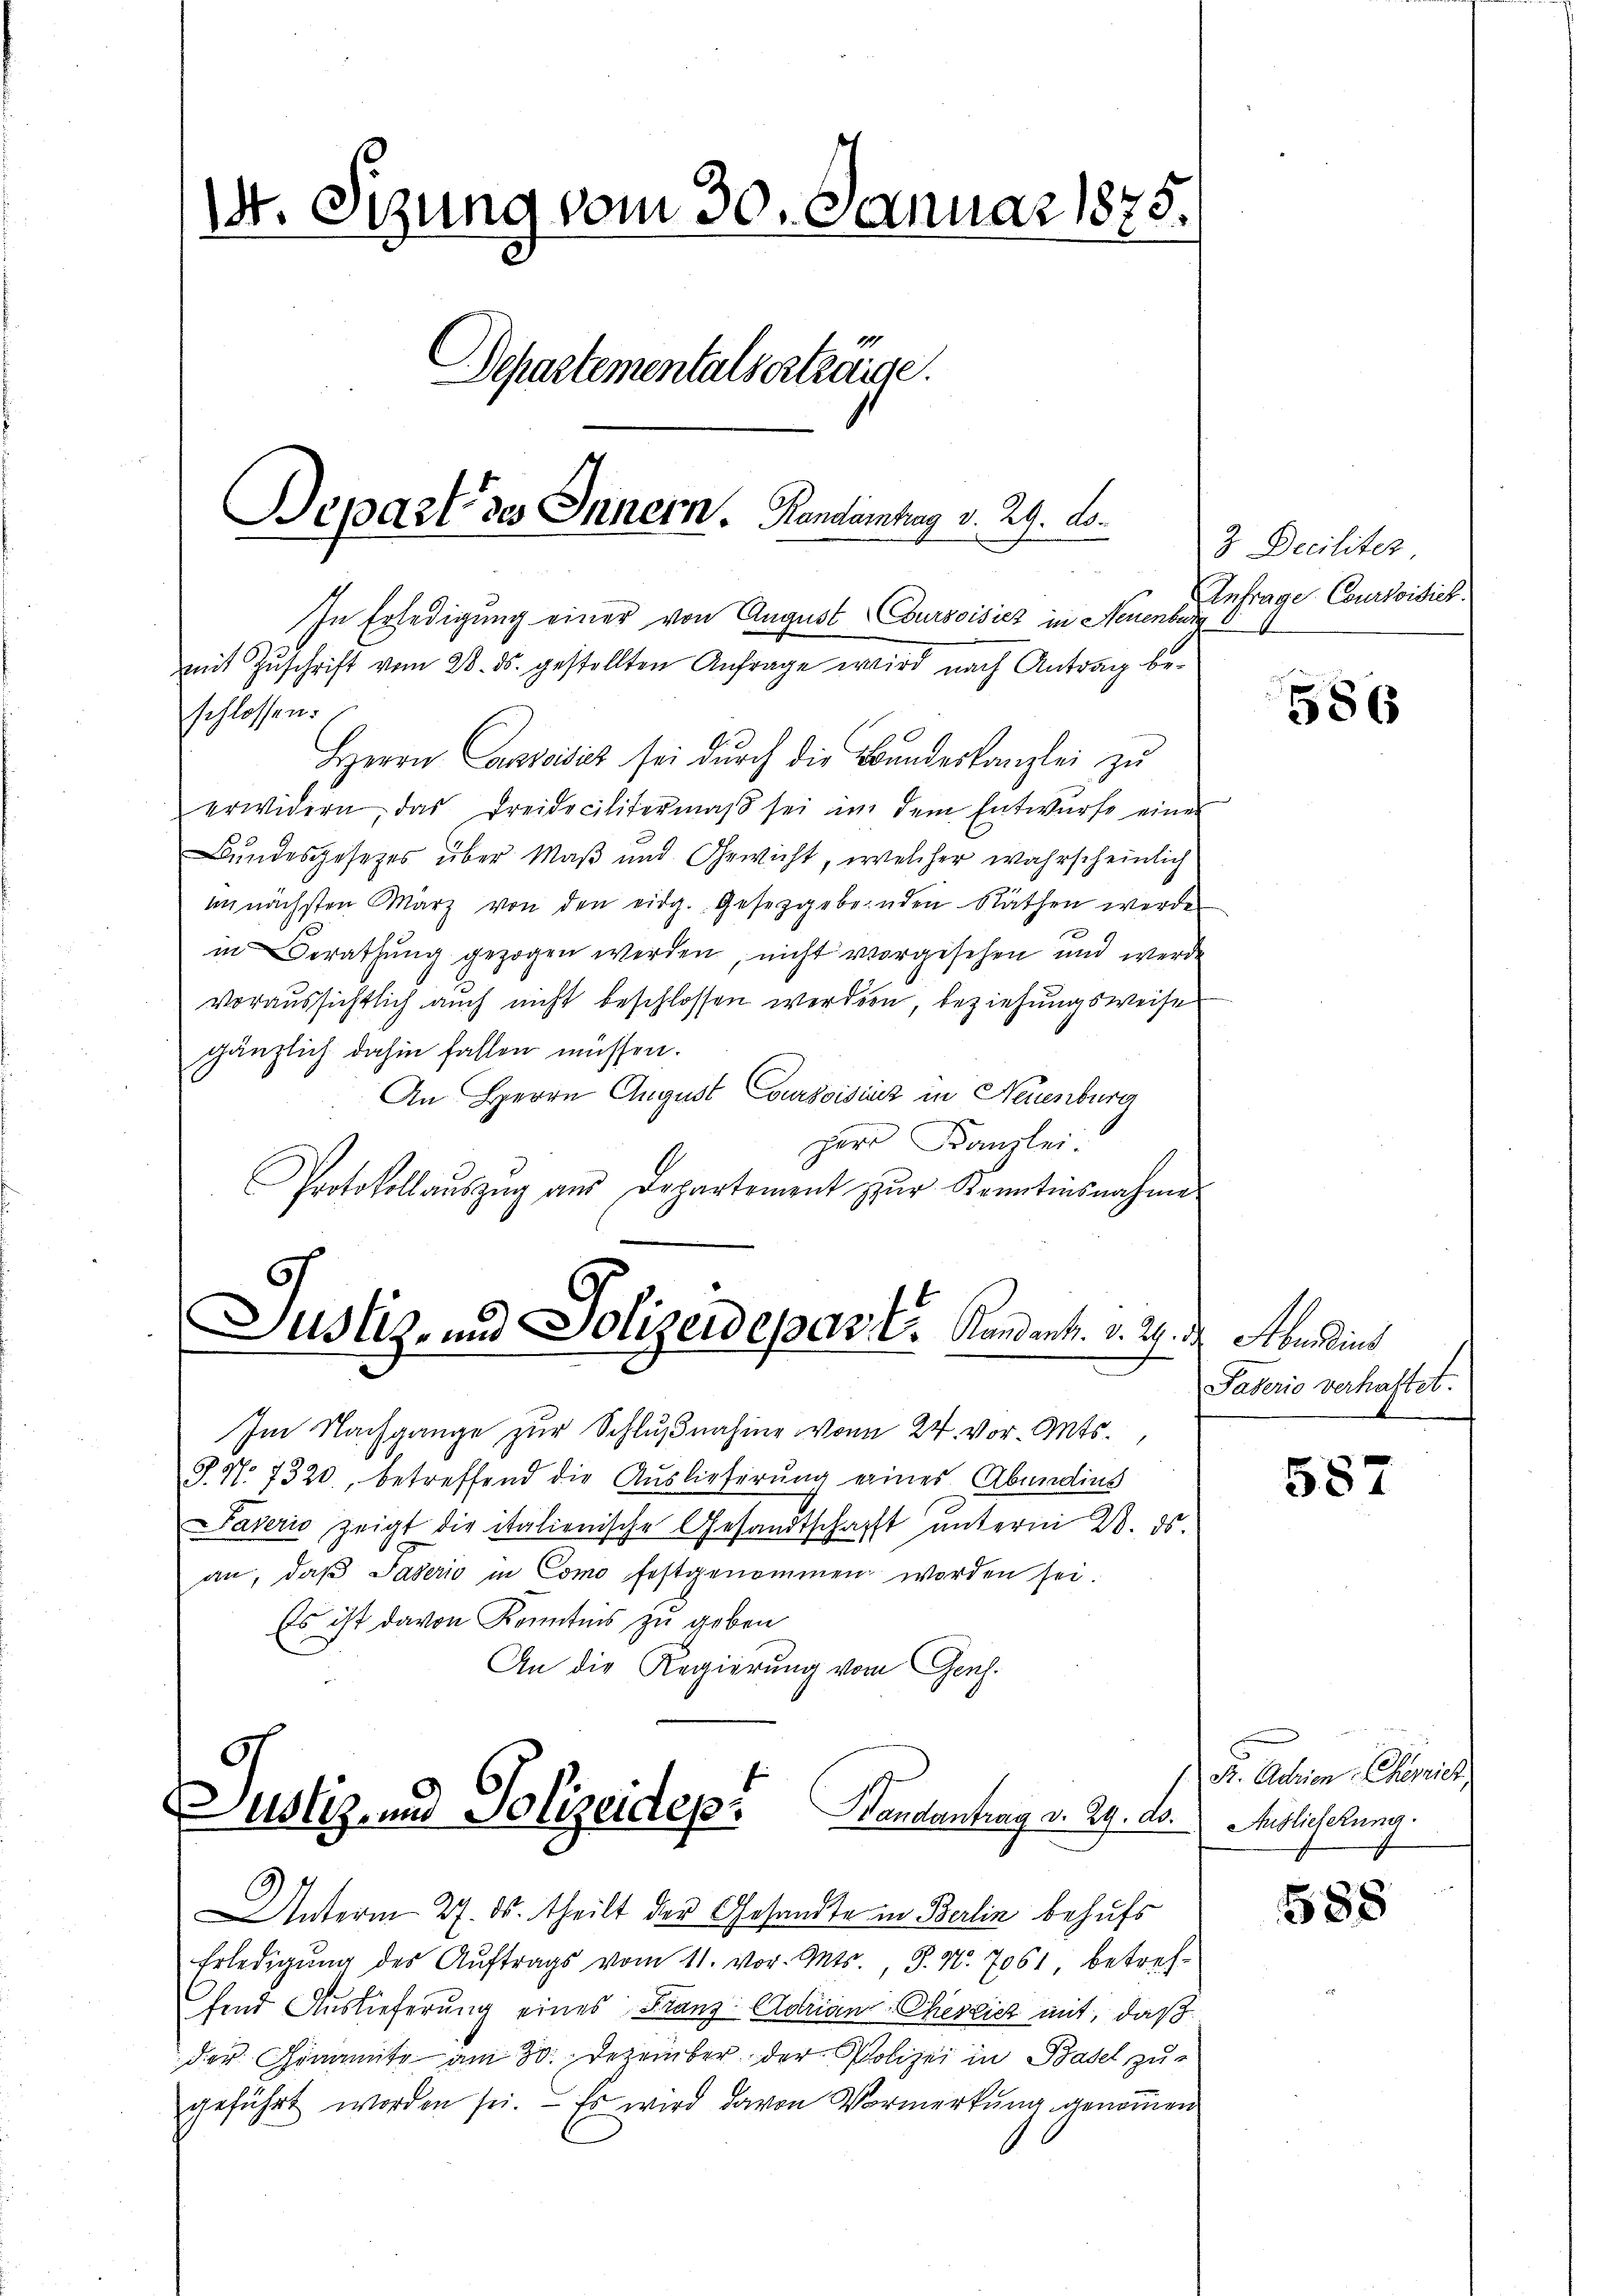
14. Sizung vom 30. Januar 1875.
Separtementalserträge.

In Erledigung einer von August Coursoisicz in Neuenbur
mit Zŭschrift vom 28. ds. gestellten Anfrage wird nach Antrag be-
schlossen:
Herrn Candidick sei dŭrch die Bŭndeskanzlei zu
erwidern, das Freidecilitermaβ sei in dem Entwürfe einer
Bundesgesetzes über Maß und Gewicht, welcher wahrscheinlich
unnächsten März von den eidg. Gesetzgebenden Räthen werde
in Berathung gezogen werden, nicht vorgesehen und werde
voraussichtlich auch nicht beschlossen werden, beziehungsweise
gänzlich dahin fallen müssen.
An Herrn August Courtoisiniz in Neuenburg
Herr Kanzlei.
Protokoll aŭszŭg aŭs Departement zŭr Kenntinsnahme

Bepart des Innern. Handamhag v. 29. Ao.

Justiz- und Polizeidepar. E. Kandant. v. 27. d. Abendins

Im Nachgange zur Schlußnahme von 24. vor. Mts.,
J. N. 7320, betreffend die Auslieferung eines Abendins
Paverić zeigt die italienische Gesandtschafft ŭnterm 20. ds.
an, daβ Pašerio in Como festgenommen worden sei.
Es ist davon Kenntnis zu geben
An die Regierung vom Genf.
Unterm 27. ds. theilt der Gesandte in Berlin behufs
Erledigŭng des Aŭftrags vom 11. vor. Mts., S. N. 7061, betref-
fend Auslieferung eines Franz- Adrian Cherlich mit, daß
der Genannte am 30. Dezember der Polizei in Basel zugeführt worden sei. Es wird davon Vormerkung genommen

.
Ustiz- und Polizeidep. Handantrag v. 29. ds.

3 Deciliter
Anfrage Courtoisict.

586

Faverio verhaftet.

587

Dr. Action Chemnier
Aiblicherung.

588